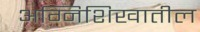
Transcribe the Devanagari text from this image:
अग्निशिखातील